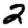
Digit: 2